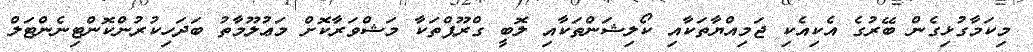
މިކަމާގުޅިގެން ބޭރުގެ އެކިއެކި ޖަމިއްޔާތަކާއި ކޯލިޝަންތަކާއި ލޮބީ ގްރޫޕްތަކާ މަޝްވަރާކޮށް މަޢުލޫމާތު ބަދަހިކުރުންކޮންޓިނެންޓަލް